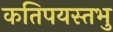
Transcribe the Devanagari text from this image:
कतिपयस्तभु